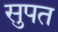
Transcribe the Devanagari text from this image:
सुपत